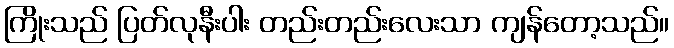
ကြိုးသည် ပြတ်လုနီးပါး တည်းတည်းလေးသာ ကျန်တော့သည်။